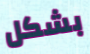
بشكل